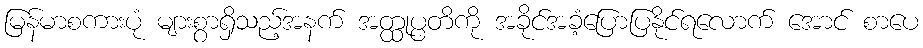
မြန်မာစကားပုံ များစွာရှိသည့်အနက် အတ္ထုပ္ပတိကို အခိုင်အခံ့ပြောပြနိုင်ရလောက် အောင် စာပေ